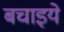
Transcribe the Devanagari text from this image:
बचाइये